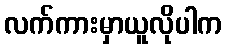
လက်ကားမှာယူလိုပါက